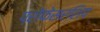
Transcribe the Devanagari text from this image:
प्रोफेसरशिप